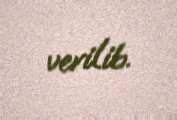
verilib.